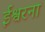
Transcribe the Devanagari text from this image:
ईश्वरना